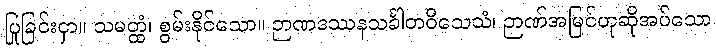
ပြုခြင်းငှာ။ သမတ္ထံ၊ စွမ်းနိုင်သော။ ဉာဏဒဿနသင်္ခါတဝိသေသံ၊ ဉာဏ်အမြင်ဟုဆိုအပ်သော